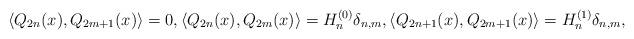
LaTeX: \begin{align*}\langle Q_{2n}(x),Q_{2m+1}(x)\rangle=0,\langle Q_{2n}(x),Q_{2m}(x)\rangle=H_n^{(0)}\delta_{n,m}, \langle Q_{2n+1}(x),Q_{2m+1}(x)\rangle=H_n^{(1)}\delta_{n,m},\end{align*}